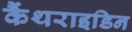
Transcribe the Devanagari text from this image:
कैंथराइडिन